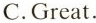
C.Great.